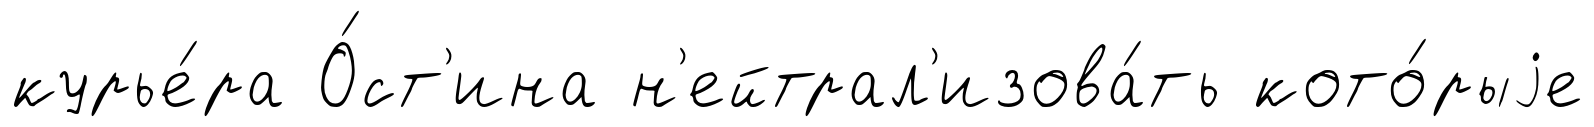
курье́ра О́ст'ина н'ейтрал'изова́ть кото́рыjе